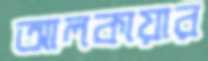
আলকায়ার